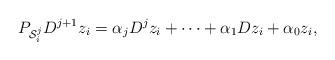
LaTeX: \begin{align*} P_{\mathcal{S}_i^j} D^{j+1} z_i & = \alpha_j D^j z_i + \cdots + \alpha_1 D z_i + \alpha_0 z_i,\end{align*}